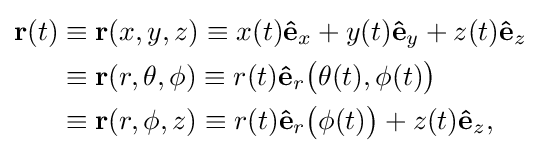
{\begin{aligned}\mathbf {r} (t)&\equiv \mathbf {r} (x,y,z)\equiv x(t)\mathbf {\hat {e}} _{x}+y(t)\mathbf {\hat {e}} _{y}+z(t)\mathbf {\hat {e}} _{z}\\&\equiv \mathbf {r} (r,\theta ,\phi )\equiv r(t)\mathbf {\hat {e}} _{r}{\big (}\theta (t),\phi (t){\big )}\\&\equiv \mathbf {r} (r,\phi ,z)\equiv r(t)\mathbf {\hat {e}} _{r}{\big (}\phi (t){\big )}+z(t)\mathbf {\hat {e}} _{z},\\\end{aligned}}